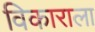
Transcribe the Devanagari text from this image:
विकाराला